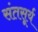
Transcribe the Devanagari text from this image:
संतसूर्य